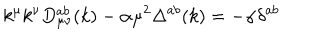
k ^ { \mu } k ^ { \nu } D _ { \mu \nu } ^ { a b } ( k ) - \alpha \mu ^ { 2 } \Delta ^ { a b } ( k ) = - \alpha \delta ^ { a b }